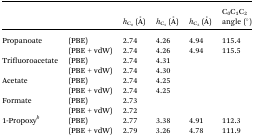
<table><thead><tr><td></td><td></td><td><b><i>h</i><sub>C<sub>0</sub></sub> (Å)</b></td><td><b><i>h</i><sub>C<sub>1</sub></sub> (Å)</b></td><td><b><i>h</i><sub>C<sub>2</sub></sub> (Å)</b></td><td><b>C<sub>0</sub>C<sub>1</sub>C<sub>2</sub> angle (°)</b></td></tr></thead><tbody><tr><td rowspan="2">Propanoate</td><td>(PBE)</td><td>2.74</td><td>4.26</td><td>4.94</td><td>115.4</td></tr><tr><td>(PBE + vdW)</td><td>2.74</td><td>4.26</td><td>4.94</td><td>115.5</td></tr><tr><td rowspan="2">Trifluoroacetate</td><td>(PBE)</td><td>2.74</td><td>4.31</td><td></td><td></td></tr><tr><td>(PBE + vdW)</td><td>2.74</td><td>4.30</td><td></td><td></td></tr><tr><td rowspan="2">Acetate</td><td>(PBE)</td><td>2.74</td><td>4.25</td><td></td><td></td></tr><tr><td>(PBE + vdW)</td><td>2.74</td><td>4.25</td><td></td><td></td></tr><tr><td rowspan="2">Formate</td><td>(PBE)</td><td>2.73</td><td></td><td></td><td></td></tr><tr><td>(PBE + vdW)</td><td>2.72</td><td></td><td></td><td></td></tr><tr><td rowspan="2">1-Propoxy<sup><i>b</i></sup></td><td>(PBE)</td><td>2.77</td><td>3.38</td><td>4.91</td><td>112.3</td></tr><tr><td>(PBE + vdW)</td><td>2.79</td><td>3.26</td><td>4.78</td><td>111.9</td></tr></tbody></table>